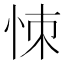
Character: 𢙀